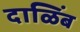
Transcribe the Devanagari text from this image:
दाळिंब